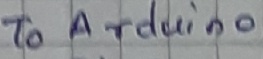
Text: To Arduino